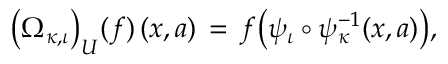
\lefteqn { \big ( \Omega _ { \kappa , \iota } \big ) _ { U } ( f ) \, ( x , a ) \, = \, f \big ( \psi _ { \iota } \circ \psi _ { \kappa } ^ { - 1 } ( x , a ) \big ) , }